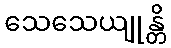
သေသေယျုန္တိ